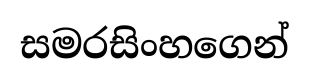
සමරසිංහගෙන්